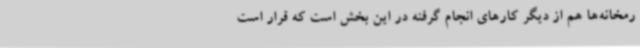
رمخانه‌ها هم از دیگر کارهای انجام گرفته در این بخش است که قرار است